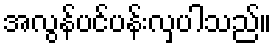
အလွန်ပင်ပန်းလှပါသည်။